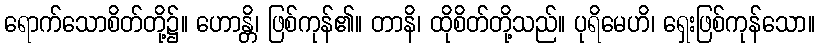
ရောက်သောစိတ်တို့၌။ ဟောန္တိ၊ ဖြစ်ကုန်၏။ တာနိ၊ ထိုစိတ်တို့သည်။ ပုရိမေဟိ၊ ရှေးဖြစ်ကုန်သော။